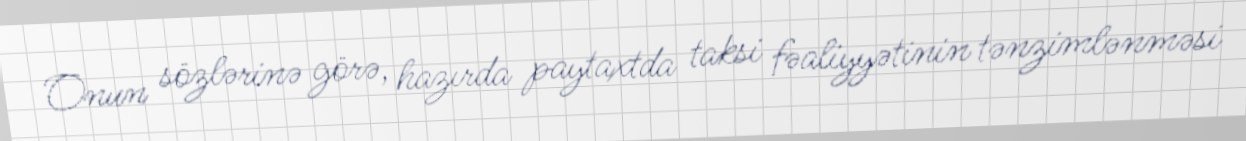
Onun sözlərinə görə, hazırda paytaxtda taksi fəaliyyətinin tənzimlənməsi